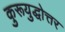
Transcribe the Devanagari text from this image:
कुरूयुद्धोत्तर